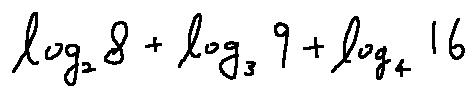
\log _ { 2 } 8 + \log _ { 3 } 9 + \log _ { 4 } 1 6